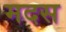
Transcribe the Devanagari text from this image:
मदस